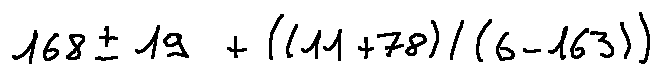
1 6 8 \pm 1 9 + ( ( 1 1 + 7 8 ) / ( 6 - 1 6 3 ) )